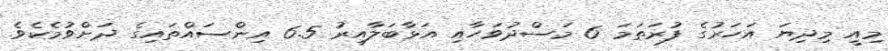
މިއީ މިދިޔަ އަހަރުގެ ފުރަތަމަ 6 މަސްދުވަހާއި އަޅާބަލާއިރު 6.5 އިންސައްތައިގެ ދަށްވުމެކެވެ.